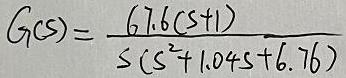
\[
G_{1}(s)=\frac{6.76(s + 1)}{s(s^{2}+1.04s + 6.76)}
\]